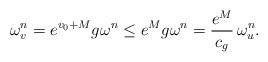
LaTeX: \begin{align*}\omega_{v}^n = e^{v_0 +M} g \omega^n \leq e^M g \omega^n= \frac{e^M}{c_g} \, \omega_u^n.\end{align*}